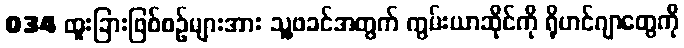
034 ထူးခြားဖြစ်စဉ်များအား သူ့ဖခင်အတွက် ကွမ်းယာဆိုင်ကို ရိုဟင်ဂျာတွေကို